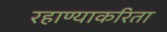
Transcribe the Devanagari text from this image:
रहाण्याकरिता